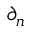
\partial _ { n }